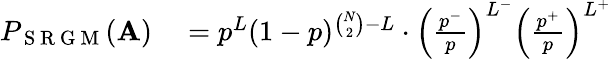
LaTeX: \begin{array}{rl}{P_{\mathrm{~S~R~G~M~}}(\mathbf{A})}&{{}=p^{L}(1-p)^{\binom{N}{2}-L}\cdot\left(\frac{p^{-}}{p}\right)^{L^{-}}\left(\frac{p^{+}}{p}\right)^{L^{+}}}\end{array}